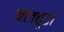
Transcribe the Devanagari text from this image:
बेलबूटा